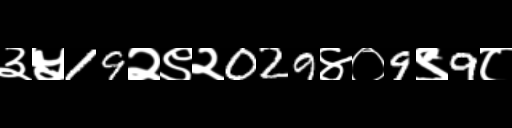
Text: ३५19२९२029४०9९9८